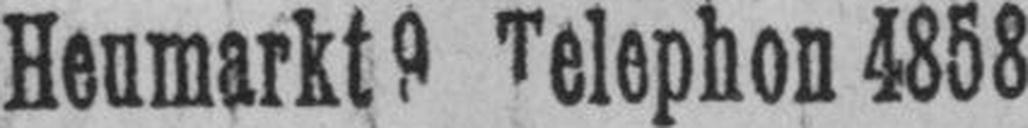
Heumarkt 9 Telephon 4858